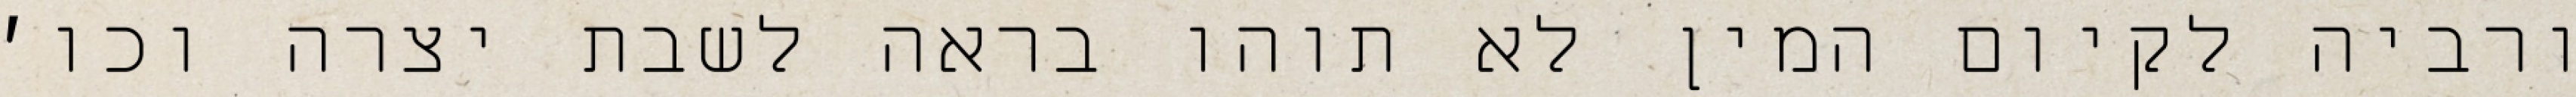
ורביה לקיום המין לא תוהו בראה לשבת יצרה וכו׳